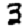
Digit: 3